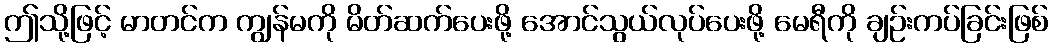
ဤသို့ဖြင့် မာတင်က ကျွန်မကို မိတ်ဆက်ပေးဖို့ အောင်သွယ်လုပ်ပေးဖို့ မေရီကို ချဉ်းကပ်ခြင်းဖြစ်